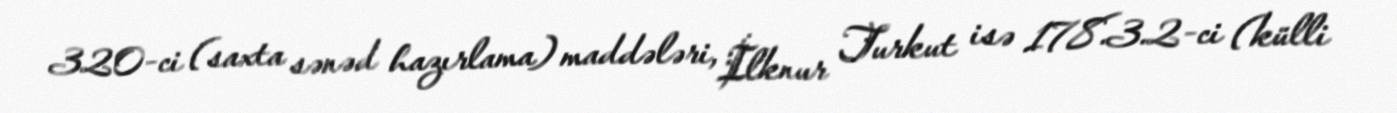
320-ci (saxta sənəd hazırlama) maddələri, İlknur Turkut isə 178.3.2-ci (külli